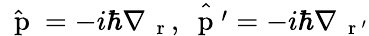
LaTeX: \hat{\mathrm{~\mathbf~p~}}=-i\hbar\nabla_{\mathrm{~\mathbf~r~}},\hat{\mathrm{~\mathbf~p~}^{\prime}}=-i\hbar\nabla_{\mathrm{~\mathbf~r~}^{\prime}}